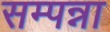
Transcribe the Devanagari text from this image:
सम्पन्ना